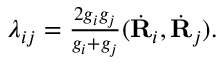
\begin{array} { r } { \lambda _ { i j } = \frac { 2 g _ { i } g _ { j } } { g _ { i } + g _ { j } } ( \dot { \bf R } _ { i } , \dot { \bf R } _ { j } ) . } \end{array}